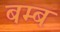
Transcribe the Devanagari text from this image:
बम्‍ब